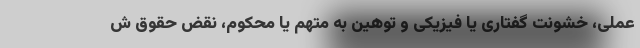
عملی، خشونت گفتاری یا فیزیکی و توهین به متهم یا محکوم، نقض حقوق ش